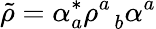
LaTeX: \tilde{\rho}=\alpha_{a}^{*}\rho_{\; \; b}^{a}\alpha^{a}